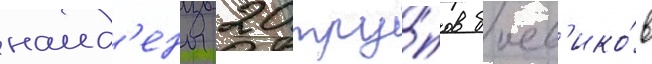
наид'ены 20 тру́пов боев'ико́в